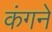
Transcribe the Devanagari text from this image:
कंगने